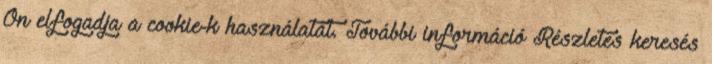
Ön elfogadja a cookie-k használatát. További információ Részletes keresés